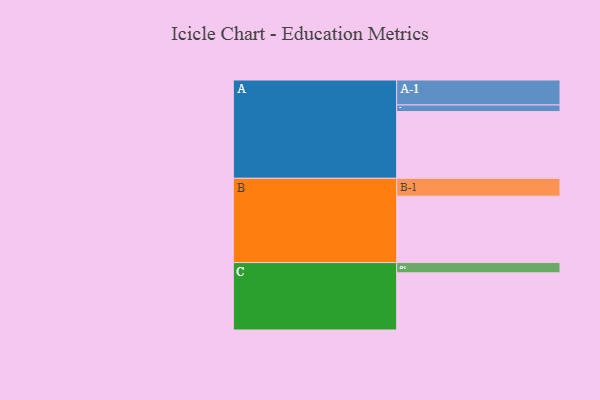
{"axis": {"x": "Segment", "y": "Value"}, "legend": ["", "A", "B", "C"], "data": [{"x": "A", "y": 527, "type": ""}, {"x": "B", "y": 524, "type": ""}, {"x": "C", "y": 451, "type": ""}, {"x": "A-1", "y": 197, "type": "A"}, {"x": "A-2", "y": 52, "type": "A"}, {"x": "B-1", "y": 141, "type": "B"}, {"x": "C-1", "y": 81, "type": "C"}]}